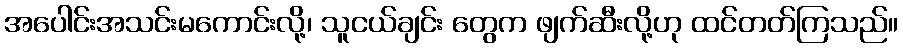
အပေါင်းအသင်းမကောင်းလို့၊ သူငယ်ချင်း တွေက ဖျက်ဆီးလို့ဟု ထင်တတ်ကြသည်။